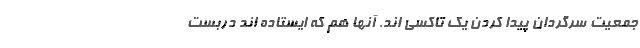
جمعیت سرگردان پیدا کردن یک تاکسی اند. آنها هم که ایستاده اند دربست